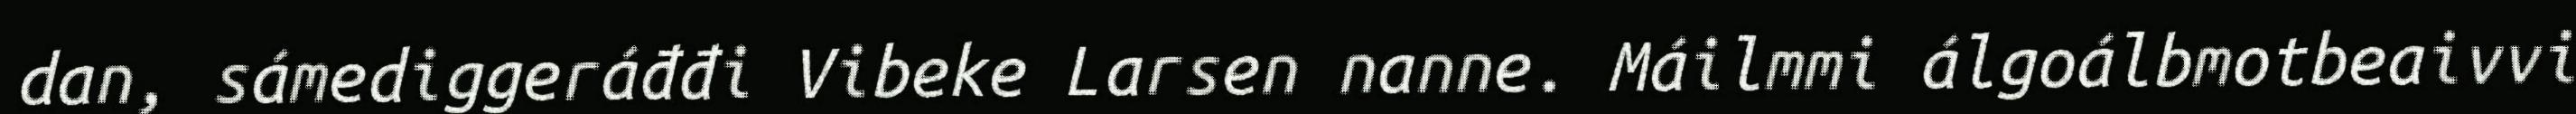
dan, sámediggeráđđi Vibeke Larsen nanne. Máilmmi álgoálbmotbeaivvi